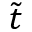
\tilde { t }